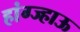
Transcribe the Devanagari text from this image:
हांग्ज्हाऊ